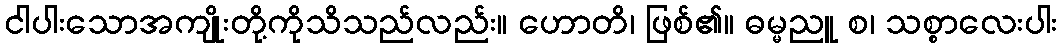
ငါပါးသောအကျိုးတို့ကိုသိသည်လည်း။ ဟောတိ၊ ဖြစ်၏။ ဓမ္မညူ စ၊ သစ္စာလေးပါး